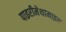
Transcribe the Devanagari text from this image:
पाइरीमेथामाइन